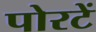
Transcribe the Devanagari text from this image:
पोरटें